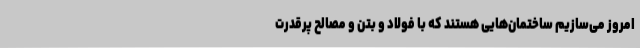
امروز می‌سازیم ساختمان‌هایی هستند که با فولاد و بتن و مصالح پرقدرت